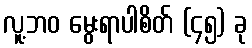
လူ့ဘဝ မွေးရာပါစိတ် (၄၅) ခု